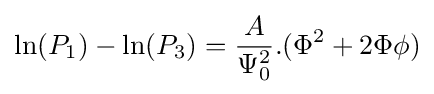
\ln(P_{1})-\ln(P_{3})={\frac {A}{\Psi _{0}^{2}}}.(\Phi ^{2}+2\Phi \phi )